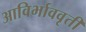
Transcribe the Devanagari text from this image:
आविर्भाववृती